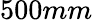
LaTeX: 500mm